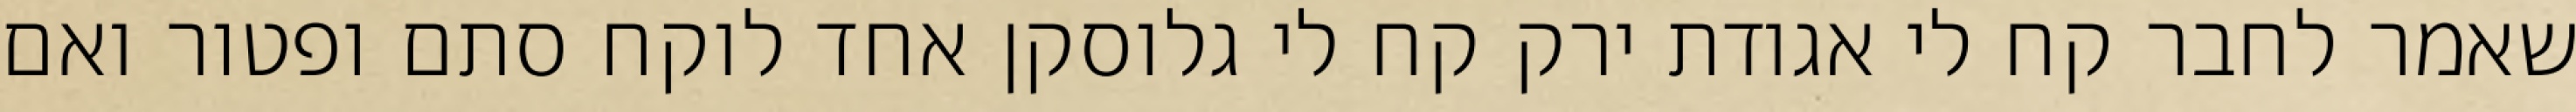
שאמר לחבר קח לי אגודת ירק קח לי גלוסקן אחד לוקח סתם ופטור ואם